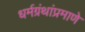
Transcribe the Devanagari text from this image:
धर्मग्रंथांप्रमाणे